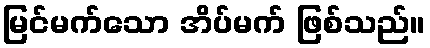
မြင်မက်သော အိပ်မက် ဖြစ်သည်။